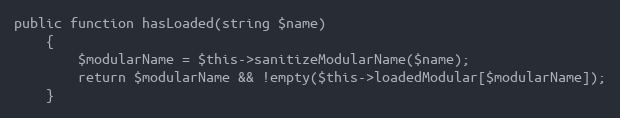
Language: PHP
public function hasLoaded(string $name)
    {
        $modularName = $this->sanitizeModularName($name);
        return $modularName && !empty($this->loadedModular[$modularName]);
    }